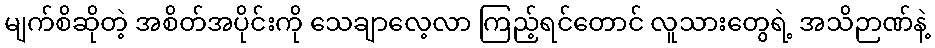
မျက်စိဆိုတဲ့ အစိတ်အပိုင်းကို သေချာလေ့လာ ကြည့်ရင်တောင် လူသားတွေရဲ့ အသိဉာဏ်နဲ့